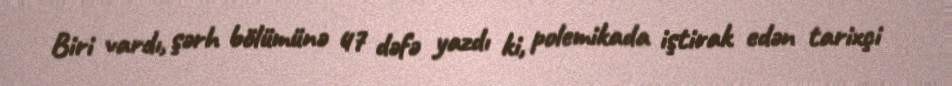
Biri vardı, şərh bölümünə 47 dəfə yazdı ki, polemikada iştirak edən tarixçi